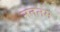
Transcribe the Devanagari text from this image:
नतनम